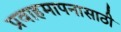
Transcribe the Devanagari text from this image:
प्रवाहमापनासाठी